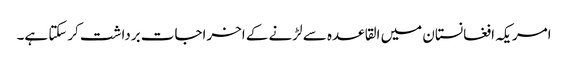
امریکہ افغانستان میں القاعدہ سے لڑنے کے اخراجات برداشت کرسکتا ہے۔